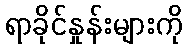
ရာခိုင်နှုန်းများကို